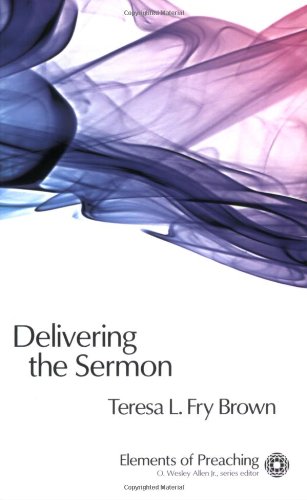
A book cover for Delivering the Sermon: Voice, Body, and Animation in Proclamation (Elements of Preaching) (Elements of Preaching); Teresa L. Fry Brown; Christian Books & Bibles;